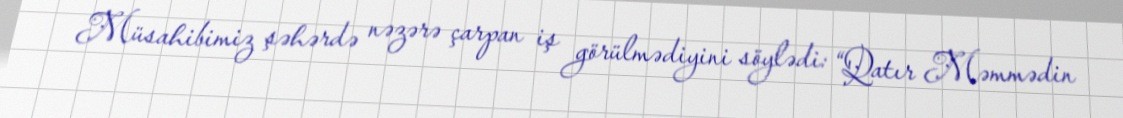
Müsahibimiz şəhərdə nəzərə çarpan iş görülmədiyini söylədi: “Qatır Məmmədin